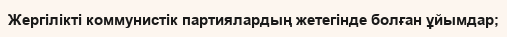
Жергілікті коммунистік партиялардың жетегінде болған ұйымдар;